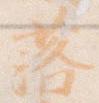
落